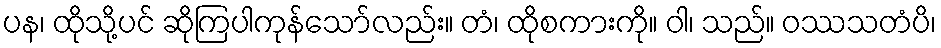
ပန၊ ထိုသို့ပင် ဆိုကြပါကုန်သော်လည်း။ တံ၊ ထိုစကားကို။ ဝါ၊ သည်။ ဝဿသတံပိ၊